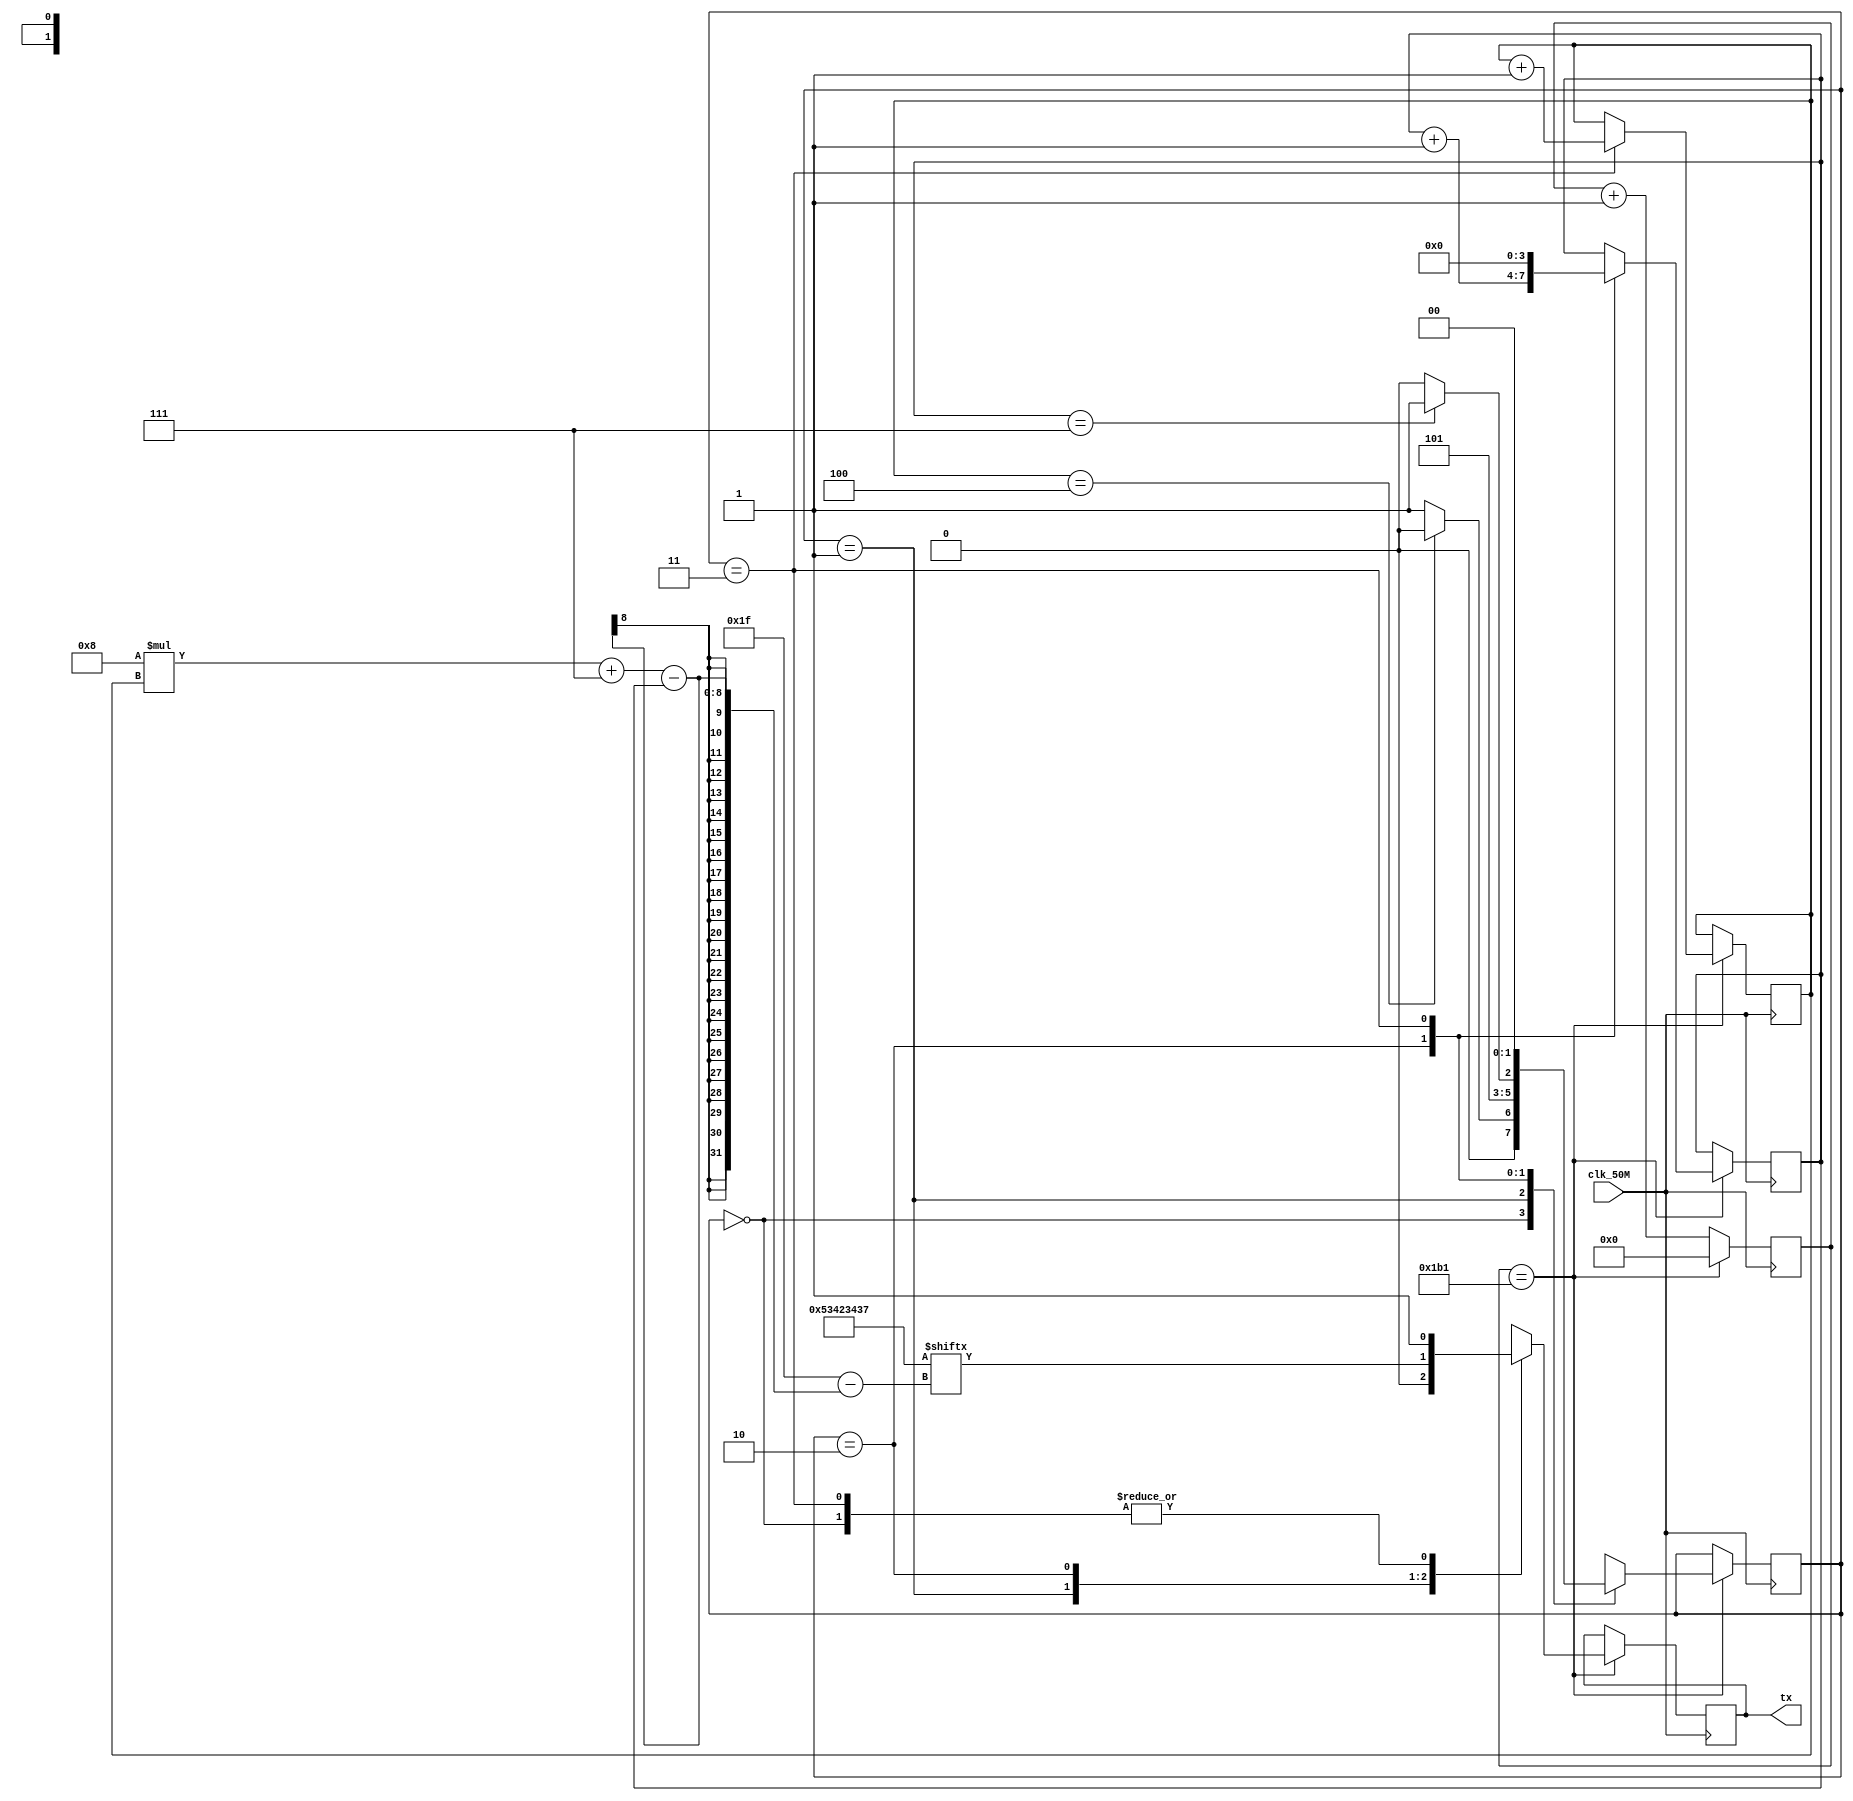
// SB : Task 2 B : UART
/*
Instructions
-------------------
Students are not allowed to make any changes in the Module declaration.
This file is used to design UART Transmitter.

Recommended Quartus Version : 19.1
The submitted project file must be 19.1 compatible as the evaluation will be done on Quartus Prime Lite 19.1.

Warning: The error due to compatibility will not be entertained.
-------------------
*/

//UART Transmitter design
//Input   : clk_50M : 50 MHz clock
//Output  : tx : UART transmit output

//////////////////DO NOT MAKE ANY CHANGES IN MODULE//////////////////
module uart(
	input clk_50M,	//50 MHz clock
	output tx		//UART transmit output
);
////////////////////////WRITE YOUR CODE FROM HERE////////////////////


reg [0:4*8-1] str = "SB47";
reg [2:0] d_ctr = 0;

localparam IDLE = 2'b00,
START = 2'b01,
DATA = 2'b10,
STOP = 2'b11;

reg [1:0] state = 2'b01;
reg signed [8:0] ctr = -1;

reg [3:0] dbits = 0;

reg TX = 1'b1;
assign tx = TX;

always @(posedge clk_50M) begin
	
	if (ctr == 9'd433) begin
		
		//state <= next;
		ctr <= 9'd0;
		
		case(state)
			IDLE: begin
				TX <= 1'b1;
				
				if (d_ctr == 3'd4) begin
					state <= IDLE;
				end else begin
					state <= START;
				end
			end
			
			START: begin
				TX <= 1'b0;
				
				state <= DATA;
			end
			
			DATA: begin
			
				dbits <= dbits + 1'b1; 
				TX <= str[8*d_ctr+7-dbits]; 
				state <= (dbits == 4'd7) ? STOP : DATA;

			end
			
			STOP: begin
				TX <= 1'b1;
				state <= IDLE;
				
				dbits <= 0;
				d_ctr <= d_ctr + 1'b1;
			end
			
		endcase
		
	end else begin
	
		ctr <= ctr + 1'b1;
	end
end

////////////////////////YOUR CODE ENDS HERE//////////////////////////
endmodule
///////////////////////////////MODULE ENDS///////////////////////////